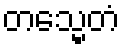
တသ္မေတံ